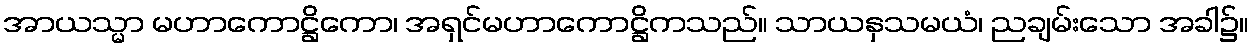
အာယသ္မာ မဟာကောဋ္ဌိကော၊ အရှင်မဟာကောဋ္ဌိကသည်။ သာယနှသမယံ၊ ညချမ်းသော အခါ၌။